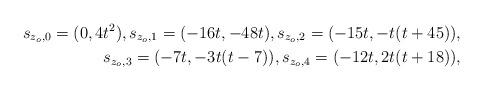
LaTeX: \begin{align*} s_{z_o, 0} =(0, 4t^2),s_{z_o, 1}=(-16t, -48t), s_{z_o,2}=(-15t, -t(t+ 45)),\\ s_{z_o,3}=(-7t, -3t(t-7)),s_{z_o,4}=(-12t, 2t(t+ 18)), \end{align*}